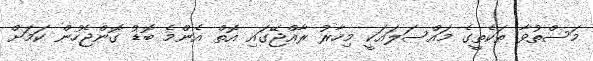
މަސްތުވާ ތަކެތީގެ މައްސަލައަކީ މިހާރު ރާއްޖޭގައި އޮތް އެންމެ ބޮޑު ގޮންޖެހުން ކަމަށް